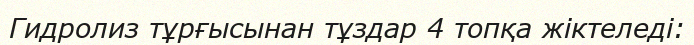
Гидролиз тұрғысынан тұздар 4 топқа жіктеледі: